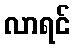
လာရင်